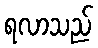
ရလာသည်